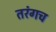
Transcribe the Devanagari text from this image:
तरंगच